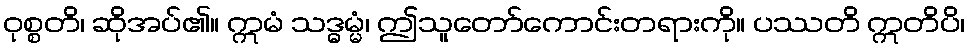
ဝုစ္စတိ၊ ဆိုအပ်၏။ ဣမံ သဒ္ဓမ္မံ၊ ဤသူတော်ကောင်းတရားကို။ ပဿတိ ဣတိပိ၊